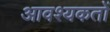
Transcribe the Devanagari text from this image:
आवश्यकतों